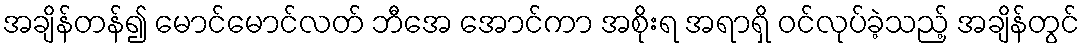
အချိန်တန်၍ မောင်မောင်လတ် ဘီအေ အောင်ကာ အစိုးရ အရာရှိ ဝင်လုပ်ခဲ့သည့် အချိန်တွင်